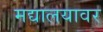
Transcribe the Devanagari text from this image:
मद्यालयावर